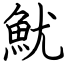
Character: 魷